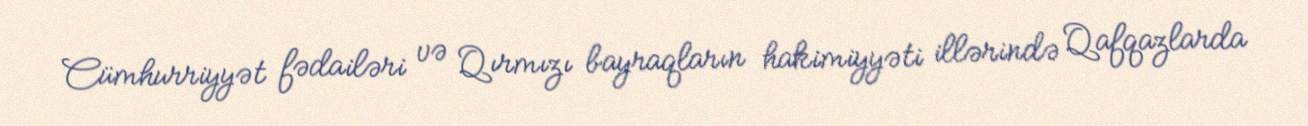
Cümhurriyyət fədailəri və Qırmızı bayraqların hakimiyyəti illərində Qafqazlarda